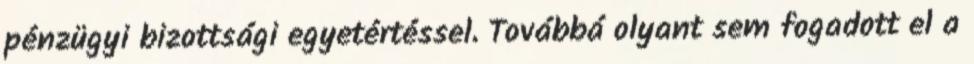
pénzügyi bizottsági egyetértéssel. Továbbá olyant sem fogadott el a